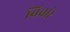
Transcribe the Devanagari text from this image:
बिचारे